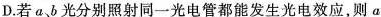
D.若ab光分别照射同一光电管都能发生光电效应，则a